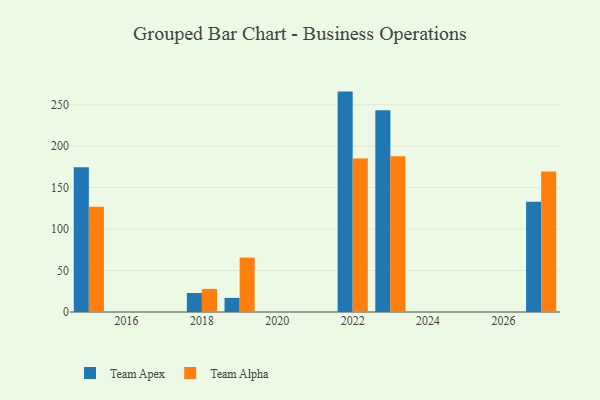
{"axis": {"x": "Year", "y": "Budget (USD K)"}, "legend": ["Team Alpha", "Team Apex"], "data": [{"x": "2015", "y": 174.5, "type": "Team Apex"}, {"x": "2015", "y": 126.9, "type": "Team Alpha"}, {"x": "2027", "y": 132.9, "type": "Team Apex"}, {"x": "2027", "y": 169.5, "type": "Team Alpha"}, {"x": "2019", "y": 17.0, "type": "Team Apex"}, {"x": "2019", "y": 65.6, "type": "Team Alpha"}, {"x": "2023", "y": 243.4, "type": "Team Apex"}, {"x": "2023", "y": 187.8, "type": "Team Alpha"}, {"x": "2018", "y": 22.9, "type": "Team Apex"}, {"x": "2018", "y": 27.8, "type": "Team Alpha"}, {"x": "2022", "y": 265.8, "type": "Team Apex"}, {"x": "2022", "y": 185.1, "type": "Team Alpha"}]}